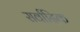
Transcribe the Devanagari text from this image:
सर्वादिक